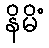
နိမိံ